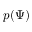
p ( \Psi )